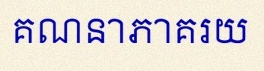
គណនាភាគរយ